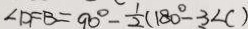
\angle D F B = 9 0 ^ { \circ } - \frac { 1 } { 2 } ( 1 8 0 ^ { \circ } - - 3 \angle C )